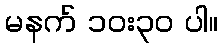
မနက် ၁၀း၃၀ ပါ။